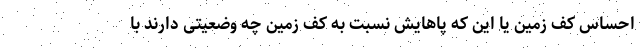
احساس کف زمین یا این که پاهایش نسبت به کف زمین چه وضعیتی دارند با